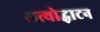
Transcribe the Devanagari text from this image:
सत्योद्घाटन